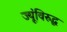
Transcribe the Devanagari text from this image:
ज्यूंविरुद्ध